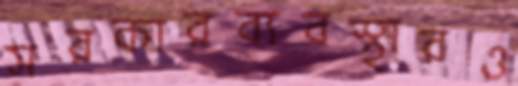
সরকারব্যবস্থারও